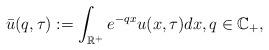
LaTeX: \begin{align*} \bar u(q,\tau) := \int_{\mathbb{R^+}}e^{-qx}u(x,\tau)dx, q \in \mathbb C_+, \end{align*}